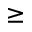
\geq